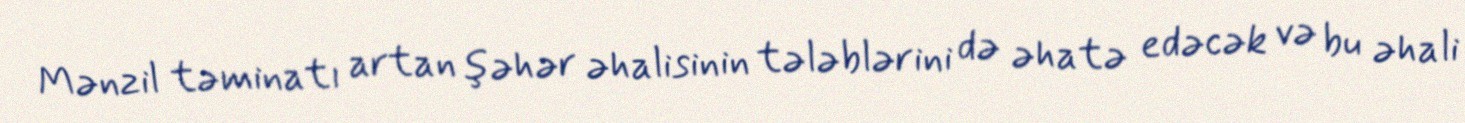
Mənzil təminatı artan şəhər əhalisinin tələblərini də əhatə edəcək və bu əhali